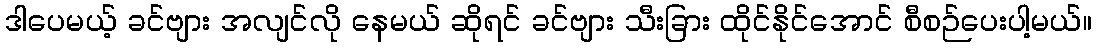
ဒါပေမယ့် ခင်ဗျား အလျင်လို နေမယ် ဆိုရင် ခင်ဗျား သီးခြား ထိုင်နိုင်အောင် စီစဉ်ပေးပါ့မယ်။